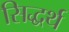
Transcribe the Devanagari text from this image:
सिद्धर्थ